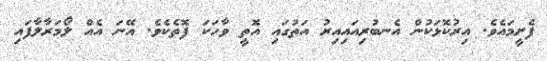
ފެށީމައެވެ. އިރުކޮޅަކުން އެނބުރިއައިއިރު އަތުގައި އޮތީ ވާހަކަ ފޮތެކެވެ. އޭނަ އެއް ލޯމަރާލާފައި